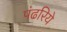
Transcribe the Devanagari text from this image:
पंढरिये